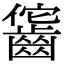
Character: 𪘕